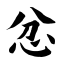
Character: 忿